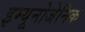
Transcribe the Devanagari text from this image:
इम्यूनोजेनिक